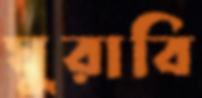
ঘুরাবি